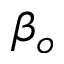
\beta _ { o }